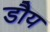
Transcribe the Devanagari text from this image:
डौय